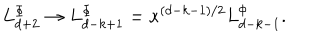
L _ { d + 2 } ^ { \Phi } \rightarrow L _ { d - k + 1 } ^ { \Phi } = \kappa ^ { \left( d - k - 1 \right) / 2 } L _ { d - k - 1 } ^ { \phi } .